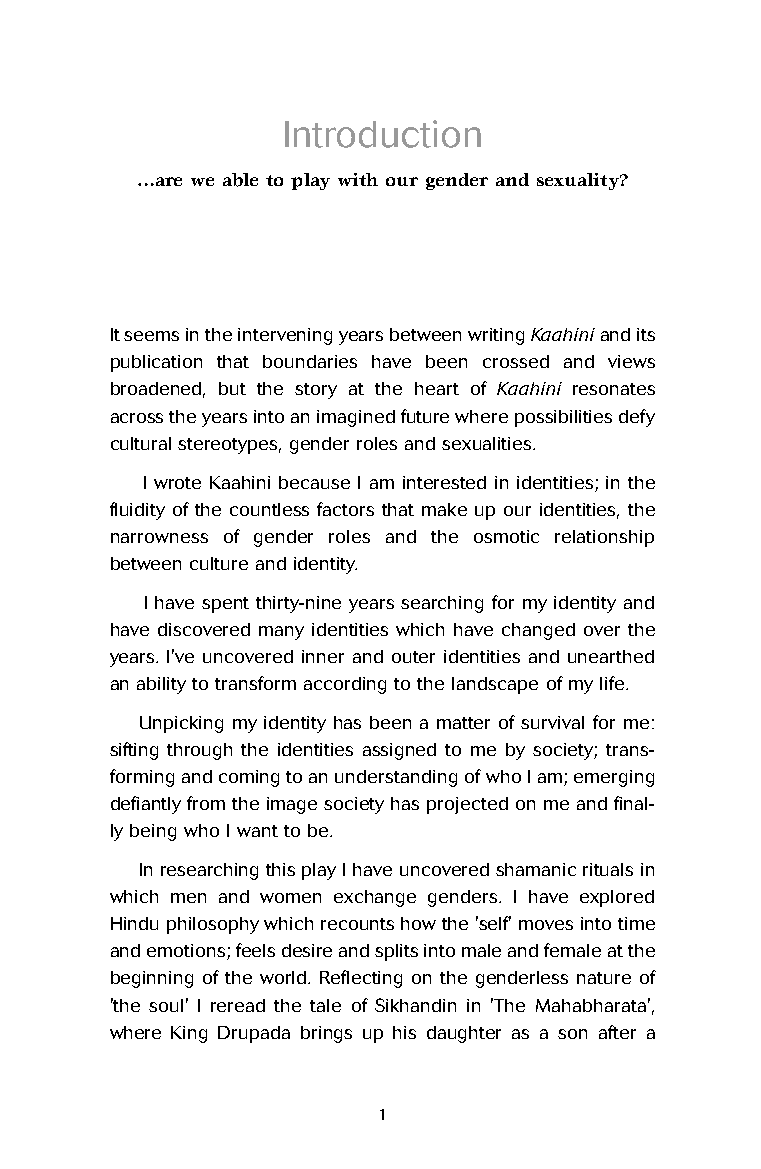
Introduction
 …are we able to play with our gender and sexuality?
 It seems in the intervening years between writing Kaahiniand its
 publication that boundaries have been crossed and views
 broadened, but the story at the heart of Kaahini resonates
 across the years into an imagined future where possibilities defy
 cultural stereotypes, gender roles and sexualities.
 I wrote Kaahini because I am interested in identities; in the
 fluidity of the countless factors that make up our identities, the
 narrowness of gender roles and the osmotic relationship
 between culture and identity.
 I have spent thirty-nine years searching for my identity and
 have discovered many identities which have changed over the
 years. I've uncovered inner and outer identities and unearthed
 an ability to transform according to the landscape of my life.
 Unpicking my identity has been a matter of survival for me:
 sifting through the identities assigned to me by society; trans-
 forming and coming to an understanding of who I am; emerging
 defiantly from the image society has projected on me and final-
 ly being who I want to be.
 In researching this play I have uncovered shamanic rituals in
 which men and women exchange genders. I have explored
 Hindu philosophy which recounts how the 'self' moves into time
 and emotions; feels desire and splits into male and female at the
 beginning of the world. Reflecting on the genderless nature of
 'the soul' I reread the tale of Sikhandin in 'The Mahabharata',
 where King Drupada brings up his daughter as a son after a
 1